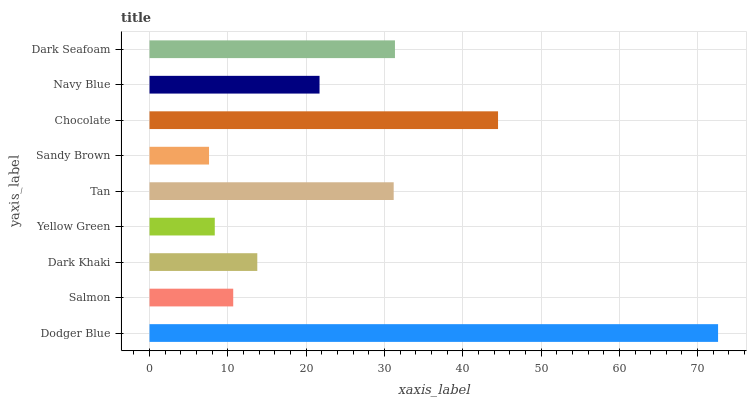
| yaxis_label | bars |
 | --- | --- |
 | Dodger Blue | 72.6 |
 | Salmon | 10.7 |
 | Dark Khaki | 13.8 |
 | Yellow Green | 8.33 |
 | Tan | 31.2 |
 | Sandy Brown | 7.6 |
 | Chocolate | 44.5 |
 | Navy Blue | 21.7 |
 | Dark Seafoam | 31.3 |